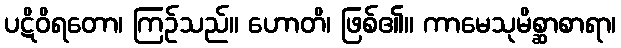
ပဋိဝိရတော၊ ကြဉ်သည်။ ဟောတိ၊ ဖြစ်၏။ ကာမေသုမိစ္ဆာစာရာ၊